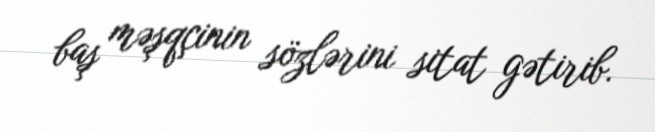
baş məşqçinin sözlərini sitat gətirib.